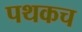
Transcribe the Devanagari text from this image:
पथकच